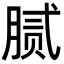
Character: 腻